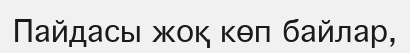
Пайдасы жоқ көп байлар,